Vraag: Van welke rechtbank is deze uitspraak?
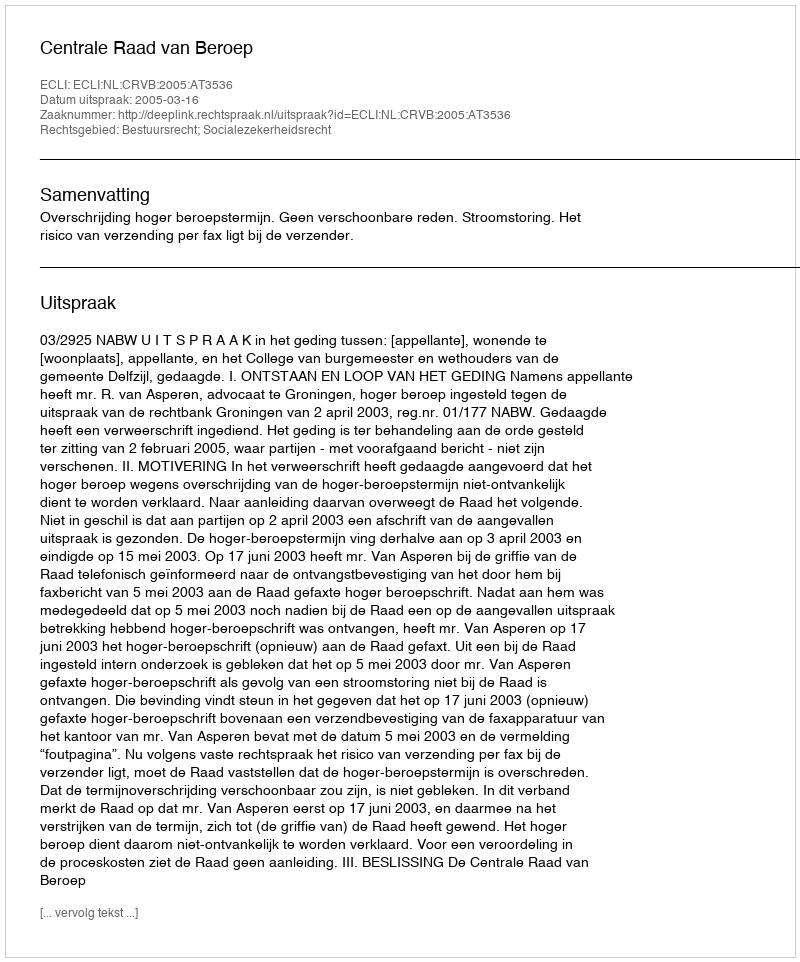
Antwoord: Centrale Raad van Beroep